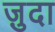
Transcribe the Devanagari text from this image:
ज़ुदा